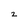
Character: 2